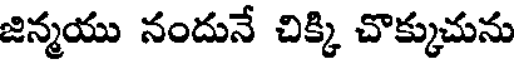
జిన్మయు నందునే చిక్కి చొక్కుచును